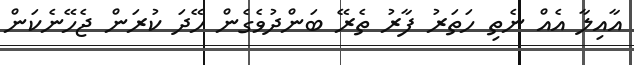
އާއިލާ އެއް ނެތި ހަތަރު ފާރު ތެރޭ ބަންދުވެގެން ހޭދަ ކުރަން ޖެހޭނެކަން